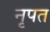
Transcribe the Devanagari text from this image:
नृपत